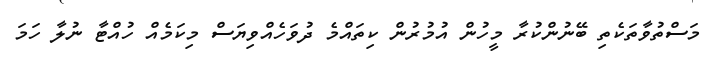
މަސްތުވާތަކެތި ބޭނުންކުރާ މީހުން އުމުރުން ކިތައްމެ ދުވަހެއްވިޔަސް މިކަމެއް ހުއްޓާ ނުލާ ހަމަ